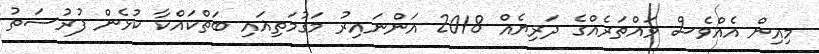
މިއިން އެއްވެސް ވައްތަރެއްގެ ދަރިޔެއް 2018 އަންނައިރު މަގުމަތިޣައި ބަތްކައްކާ ކުޅެން ފުރުސަތު